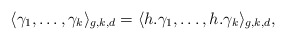
\begin{align*}\langle \gamma_{1},\dots, \gamma_{k}\rangle_{g,k,d}=\langle h.\gamma_{1},\dots, h.\gamma_{k}\rangle_{g,k,d}, \end{align*}